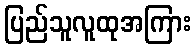
ပြည်သူလူထုအကြား